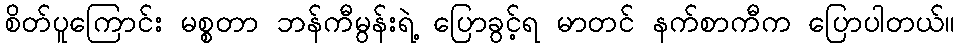
စိတ်ပူကြောင်း မစ္စတာ ဘန်ကီမွန်းရဲ့ ပြောခွင့်ရ မာတင် နက်စာကီက ပြောပါတယ်။